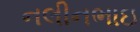
નલીનભાઇ